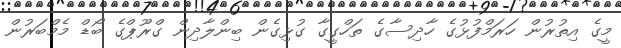
މީގެ އިތުރުން ހަރަމްފުޅުގެ ހާދިސާގެ ތަހްގީގާ ގުޅިގެން ބިންލާދިން ގްރޫޕްގެ ބޯޑް މެމްބަރުން